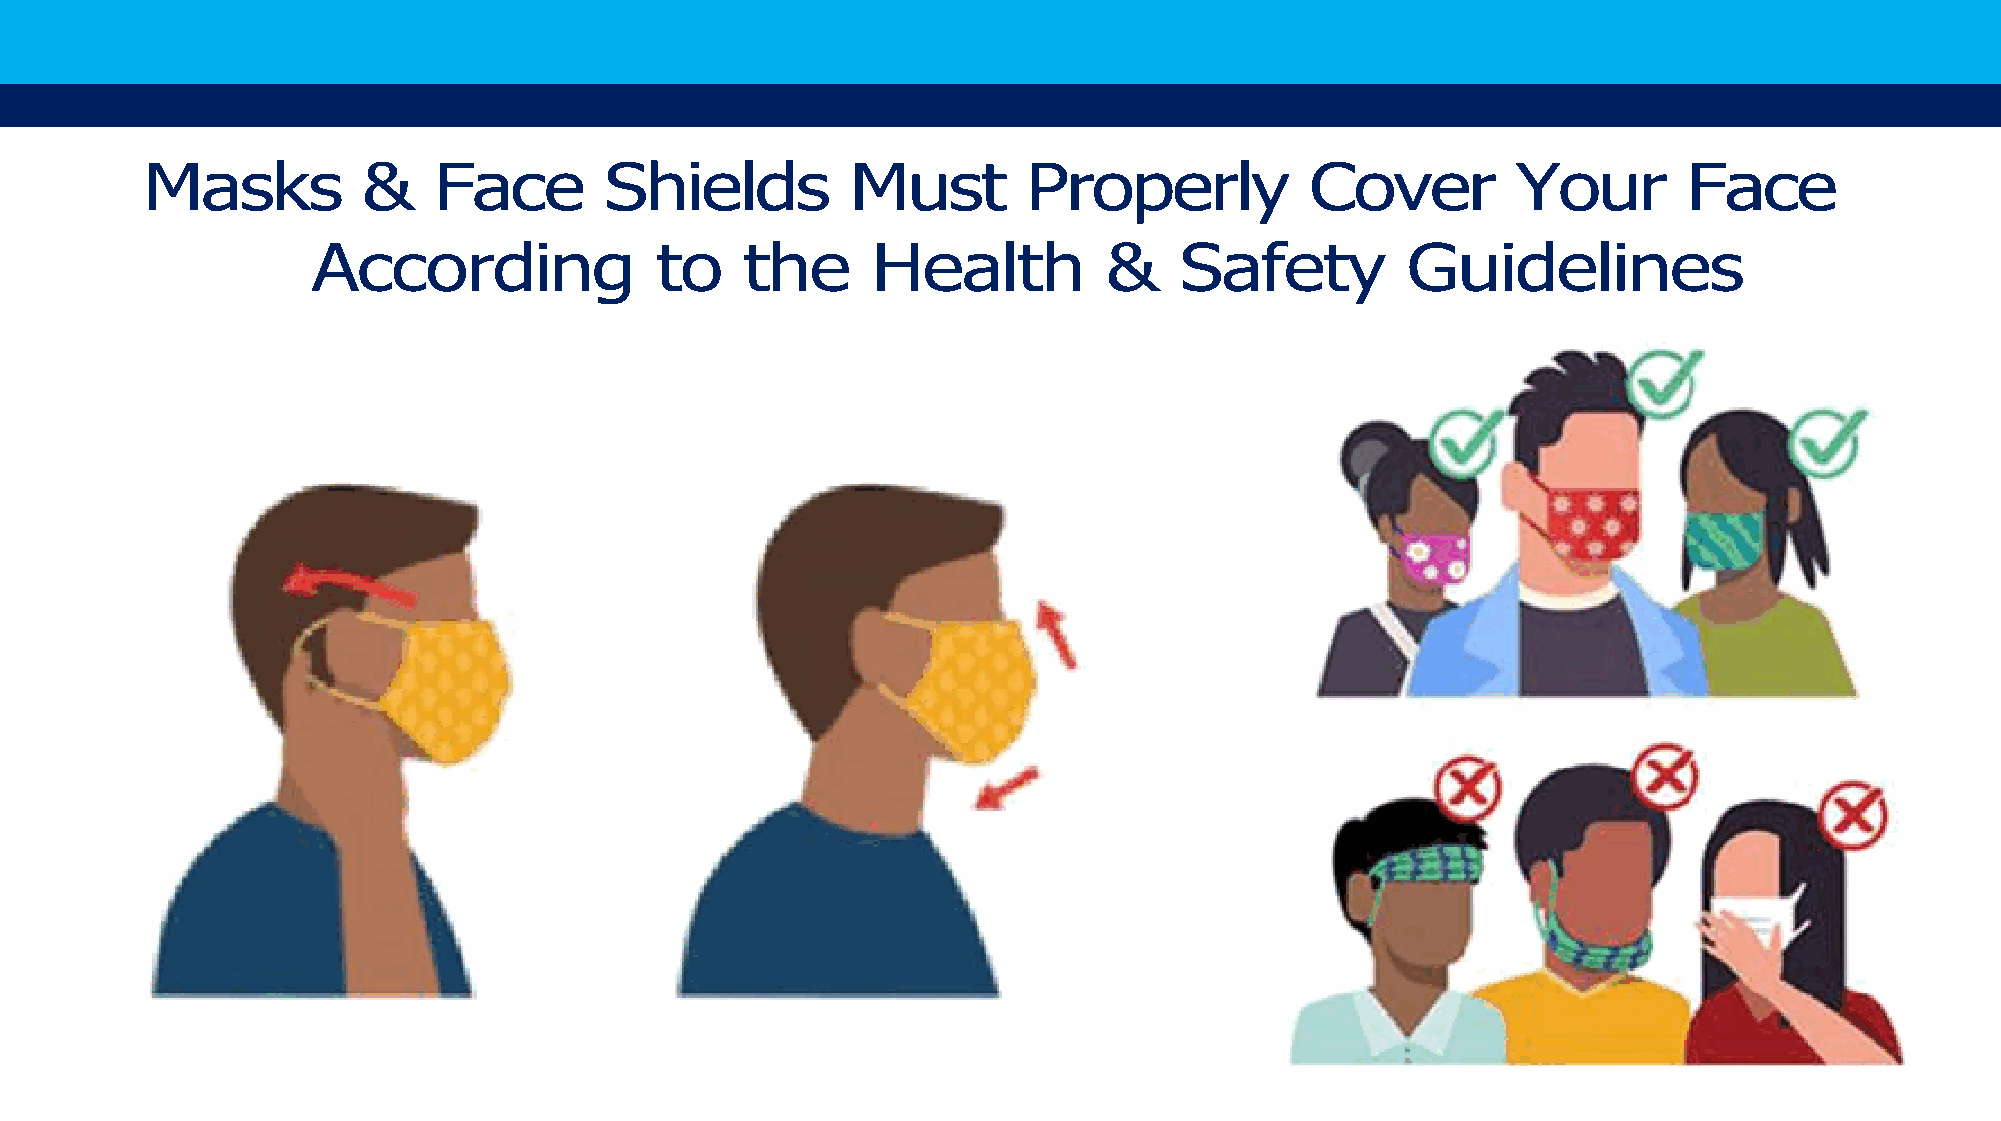
Masks          &    Face       Shields         Must        Properly           Cover        Your        Face
 According             to    the      Health         &    Safety         Guidelines